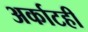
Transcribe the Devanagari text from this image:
अर्काटही